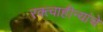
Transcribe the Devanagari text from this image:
रक्त्वाहीन्यांचे